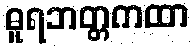
ဓူရဘတ္တကထာ